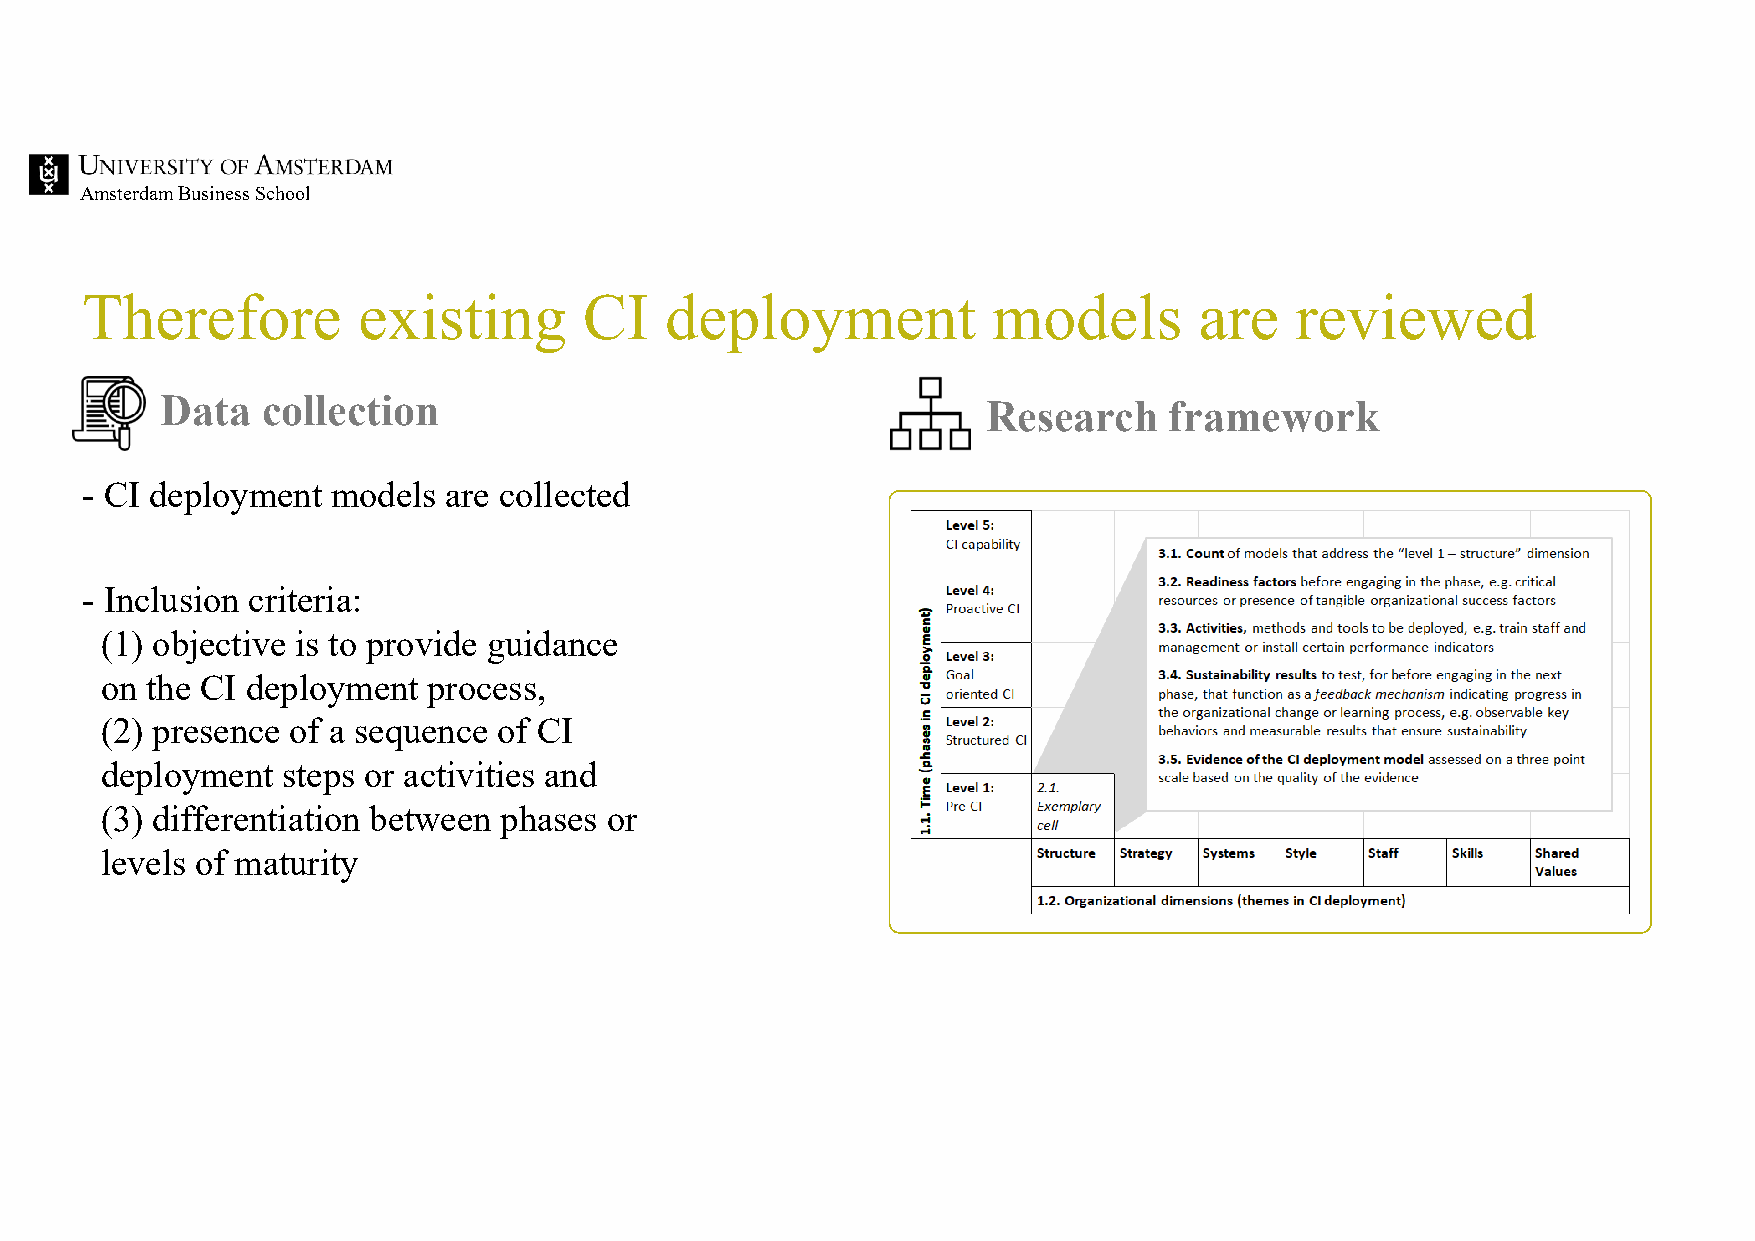
Amsterdam Business School
 Therefore          existing       CI   deployment            models       are    reviewed
 Data  collection                                      Research    framework
 - CI deployment  models are collected
 - Inclusion criteria:
 (1) objective is to provide guidance
 on the CI deployment process,
 (2) presence of a sequence of CI
 deployment  steps or activities and
 (3) differentiation between phases or
 levels of maturity